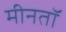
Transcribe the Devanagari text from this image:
मीनतॉ